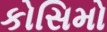
કોસિમો